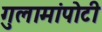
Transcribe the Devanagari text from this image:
गुलामांपोटी